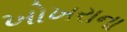
ખોખરાના